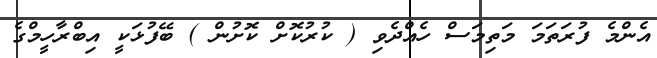
އެންމެ ފުރަތަމަ މަތިމަސް ހެއްދެވި ( ކުރުކޮށް ކޮށުން ) ބޭފުޅަކީ އިބްރާހީމްގެ